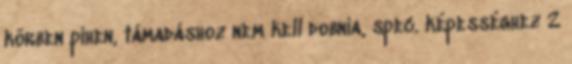
körben pihen, támadáshoz nem kell dobnia, spec. képességhez 2